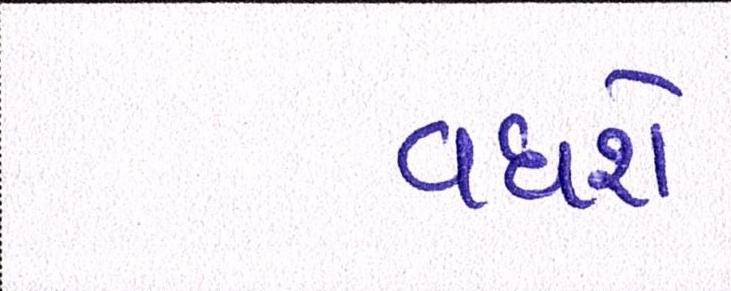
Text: વધશે